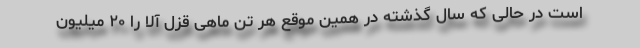
است در حالی که سال گذشته در همین موقع هر تن ماهی قزل آلا را ۲۰ میلیون